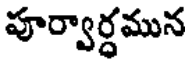
పూర్వార్ధమున